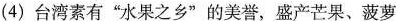
台湾岛图例(4)台湾素有“水果之乡”的美誉，盛产芒果、菠萝